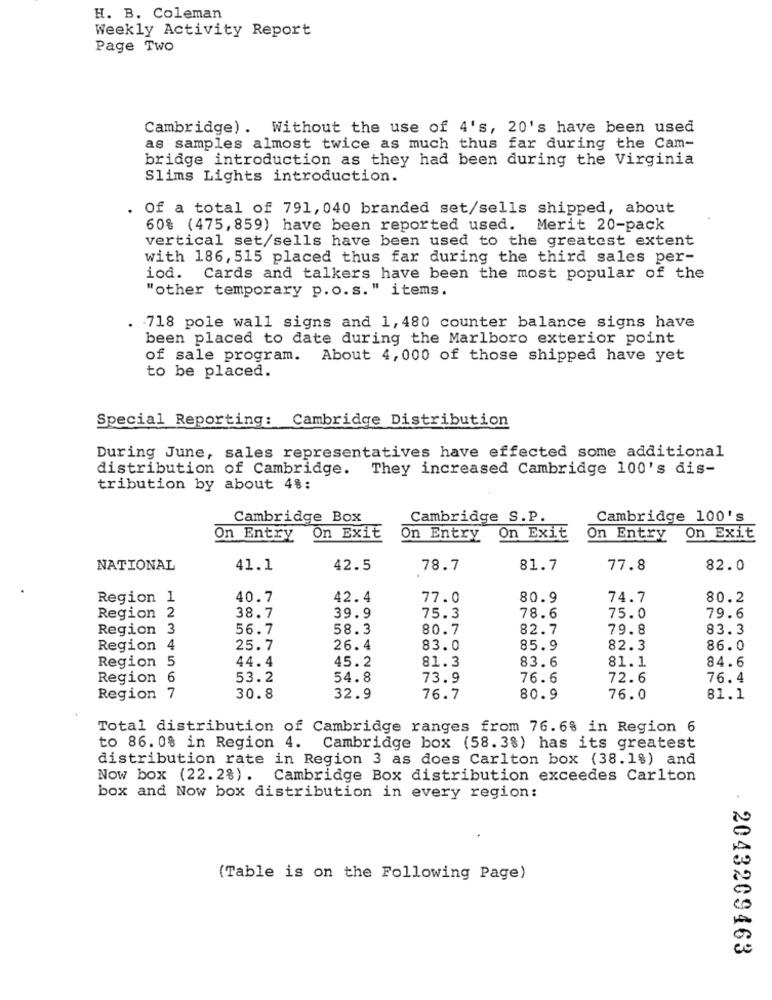
H. B. Coleman
Weekly Activity Report
Page Two
Cambridge). Without the use of 4's, 20's have been used
as samples almost twice as much thus far during the Cam-
bridge introduction as they had been during the Virginia
Slims Lights introduction.
. Of a total of 791, 040 branded set/sells shipped, about
60% (475,859) have been reported used.
Merit 20-pack
vertical set/sells have been used to the greatest extent
with 186, 515 placed thus far during the third sales per-
iod.
Cards and talkers have been the most popular of the
"other temporary p. o.s." items.
.718 pole wall signs and 1,480 counter balance signs have
been placed to date during the Marlboro exterior point
of sale program. About 4,000 of those shipped have yet
to be placed.
Special Reporting: Cambridge Distribution
During June, sales representatives have effected some additional
distribution of Cambridge. They increased Cambridge 100's dis-
tribution by about 4%:
Cambridge Box
Cambridge S.P.
Cambridge 100's
On Entry
On Exit
On Entry
On Exit
On Entry
On Exit
NATIONAL
41.1
42.5
78.7
81.7
77.8
82.0
Region 1
40.7
42.4
77.0
80.9
74.7
80.2
Region 2
38.7
39.9
75.3
78.6
75.0
79.6
Region 3
56.7
58.3
80.7
82.7
79.8
83.3
Region 4
25.7
26.4
83.0
85.9
82.3
86.0
Region 5
44.4
81.3
83.6
81.1
84.6
45.2
Region 6
53.2
54.8
73.9
76.6
72.6
76.4
Region 7
30.8
32.9
76.7
80.9
76.0
81.1
Total distribution of Cambridge ranges from 76.6% in Region 6
to 86. 0% in Region 4. Cambridge box (58.3%) has its greatest
distribution rate in Region 3 as does Carlton box (38.1%) and
Now box (22. 2%). Cambridge Box distribution exceedes Carlton
box and Now box distribution in every region:
(Table is on the Following Page)
2043209463